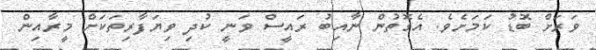
ވަރަށް ބޮޑު ކަމަށެވެ. އެގޮތުން ނާއިބު ރައީސް ވަނީ ކުދި ވިޔަފާރިތަކަށް މީރާއިން